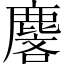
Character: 麐